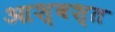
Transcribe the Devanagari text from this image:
आश्वश्त